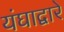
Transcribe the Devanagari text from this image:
यंघाद्वारे